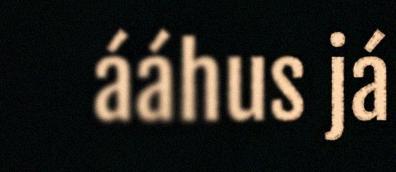
ááhus já